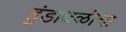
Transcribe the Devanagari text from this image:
हुंडाबळीचा